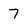
Character: 7